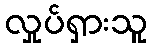
လှုပ်ရှားသူ